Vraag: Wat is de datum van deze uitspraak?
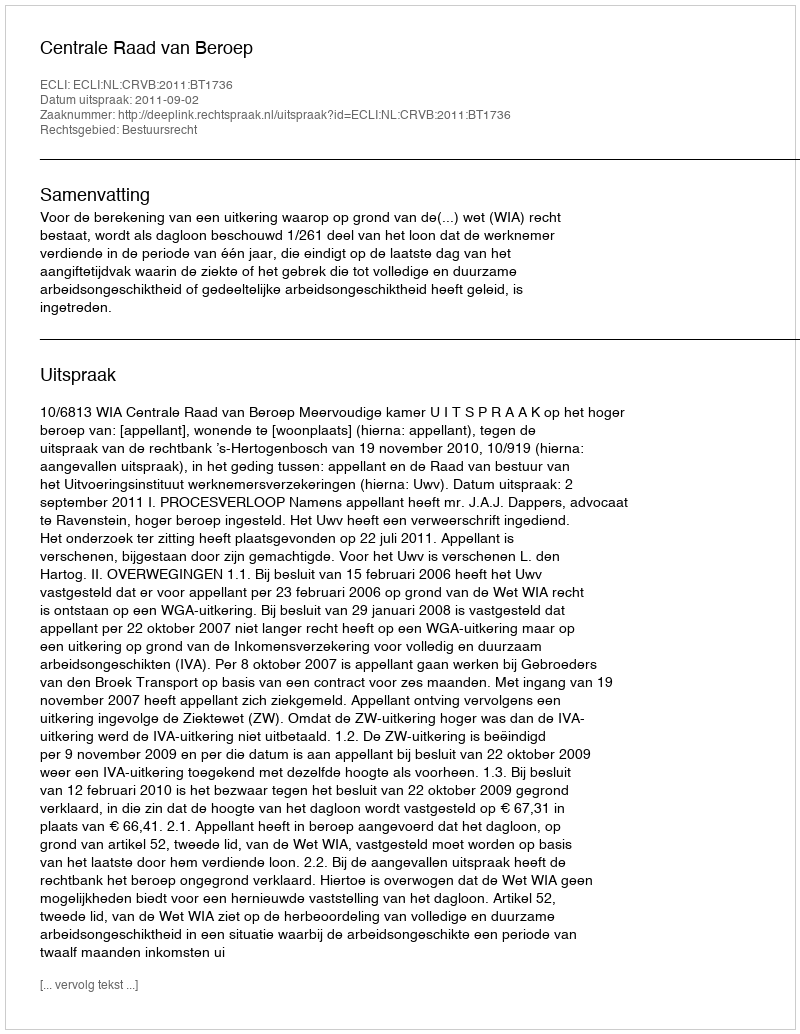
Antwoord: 2011-09-02